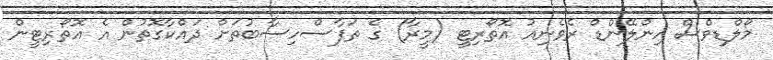
މޯލްޑިވްސް އިންލޭންޑް ރެވެނިއު އޮތޯރިޓީ (މީރާ) ގެ ތަފާސްހިސާބުތަށް ދައްކާގޮތުން އެ އޮތޯރިޓީން